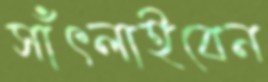
সাঁৎলাইবেন